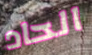
الحاد